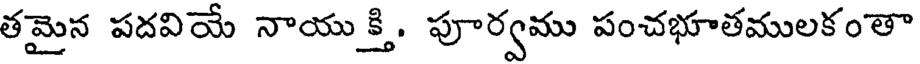
తమైన పదవియే నాయు క్తి. పూర్వము పంచభూతములకంతా